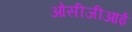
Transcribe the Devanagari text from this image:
ओसीजीआई